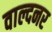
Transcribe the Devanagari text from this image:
वाल्दनर